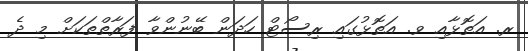
ރ. އަތޮޅާއި ވ. އަތޮޅުގައި ރިސޯޓް ހަދަން ބޭނުންވާ ފަރާތްތަކަށް މި ދެ